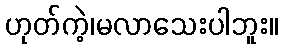
ဟုတ်ကဲ့၊မလာသေးပါဘူး။